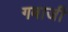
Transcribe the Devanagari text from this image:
गबाजी